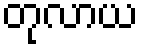
တုလာယ